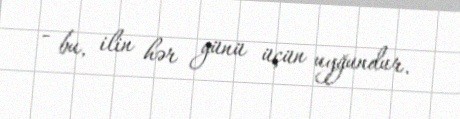
- bu, ilin hər günü üçün uyğundur.